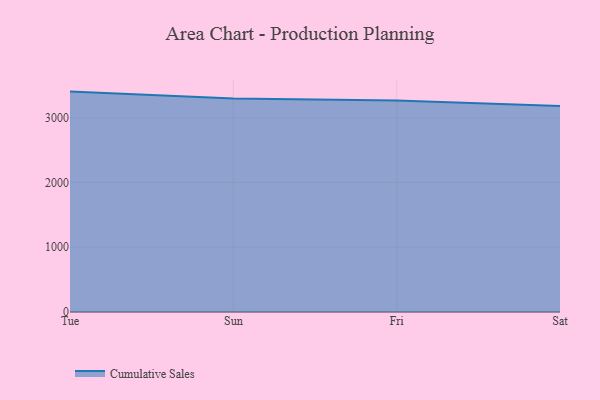
{"axis": {"x": "Day", "y": "Page Views"}, "legend": ["Cumulative Sales"], "data": [{"x": "Tue", "y": 3402.2, "type": "Cumulative Sales"}, {"x": "Sun", "y": 3296.8, "type": "Cumulative Sales"}, {"x": "Fri", "y": 3265.5, "type": "Cumulative Sales"}, {"x": "Sat", "y": 3179.6, "type": "Cumulative Sales"}]}